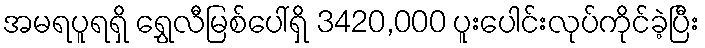
အမရပူရရှိ ရွှေလီမြစ်ပေါ်ရှိ 3420,000 ပူးပေါင်းလုပ်ကိုင်ခဲ့ပြီး